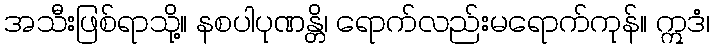
အသီးဖြစ်ရာသို့။ နစပါပုဏန္တိ၊ ရောက်လည်းမရောက်ကုန်။ ဣဒံ၊